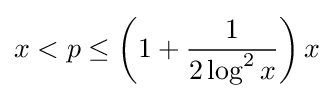
x<p\leq \left(1+{\frac {1}{2\log ^{2}{x}}}\right)x